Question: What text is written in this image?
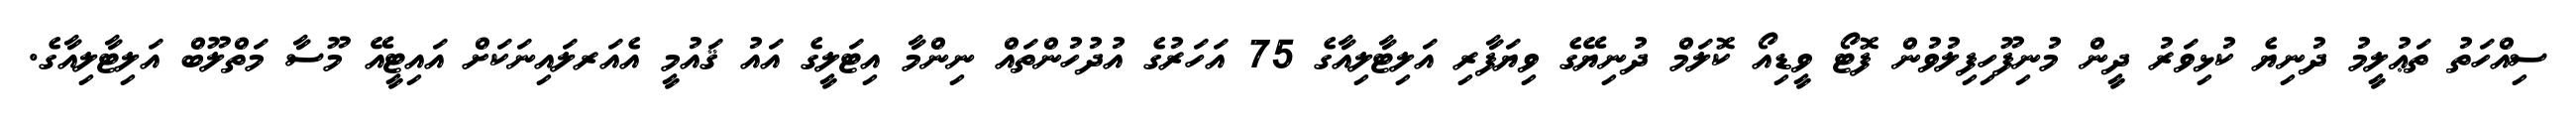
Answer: ސިއްހަތު ތަޢުލީމު ދުނިޔެ ކުޅިވަރު ދީން މުނިފޫހިފިލުވުން ފޮޓޯ ވީޑިއޯ ކޮލަމް ދުނިޔޭގެ ވިޔަފާރި އަލިޓާލިއާގެ 75 އަހަރުގެ އުދުހުންތައް ނިންމާ އިޓަލީގެ އައު ޤައުމީ އެއަރލައިނަކަށް އައިޓީއޭ މޫސާ މަތްލޫބް އަލިޓާލިއާގެ.